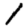
Digit: 1